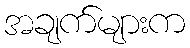
အချက်များက